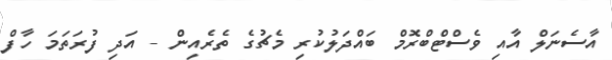
އާސެނަލް އާއި ވެސްޓްބްރޮމް ބައްދަލުކުރި މެޗުގެ ތެރެއިން - އަދި ފުރަތަމަ ހާފް